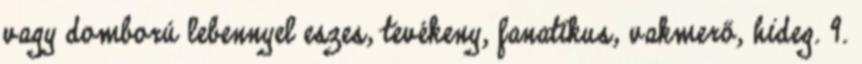
vagy domború lebennyel eszes, tevékeny, fanatikus, vakmerő, hideg. 9.